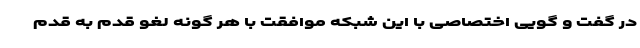
در گفت و گویی اختصاصی با این شبکه موافقت با هر گونه لغو قدم به قدم